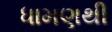
ધામણથી